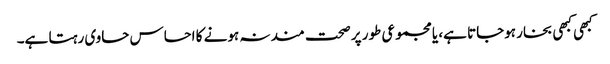
کبھی کبھی بخار ہوجاتا ہے، یا مجموعی طور پر صحت مند نہ ہونے کا احساس حاوی رہتا ہے۔